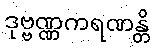
ဒုဗ္ဗဏ္ဏကရဏန္တိ